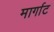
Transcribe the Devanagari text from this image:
मार्गाट